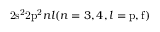
\mathrm { 2 s ^ { 2 } 2 p ^ { 2 } } n l ( n = 3 , 4 , l = \mathrm { p , f ) }